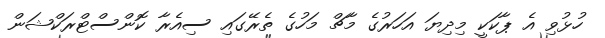
ހުޅުވި އެ ޕާކަކީ މިދިޔަ އަހަރުގެ މާޗް މަހުގެ ތެރޭގައި ސިއެރާ ކޮންސްޓްރަކްޝަން